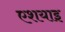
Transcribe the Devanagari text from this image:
एशयाइ